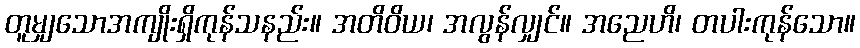
တူမျှသောအကျိုးရှိကုန်သနည်း။ အတိဝိယ၊ အလွန်လျှင်။ အညေဟိ၊ တပါးကုန်သော။